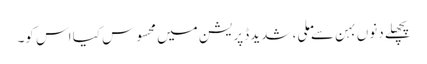
پچھلے دنوں بہن سے ملی، شدید ڈپریشن میں محسوس کیا اس کو۔